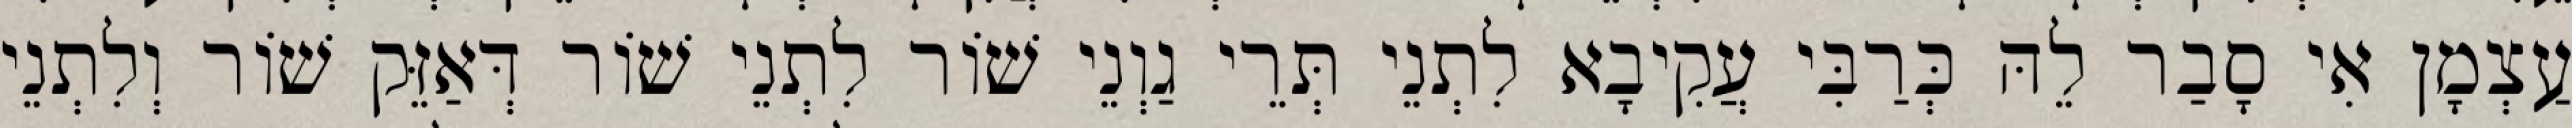
עַצְמָן אִי סָבַר לֵהּ כְּרַבִּי עֲקִיבָא לִתְנֵי תְּרֵי גַוְנֵי שׁוֹר לִתְנֵי שׁוֹר דְּאַזֵּק שׁוֹר וְלִתְנֵי